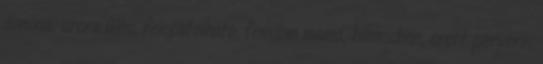
domina, arcra űlés, felcsatolható, femdom mama, bilincsben, erett perverz,